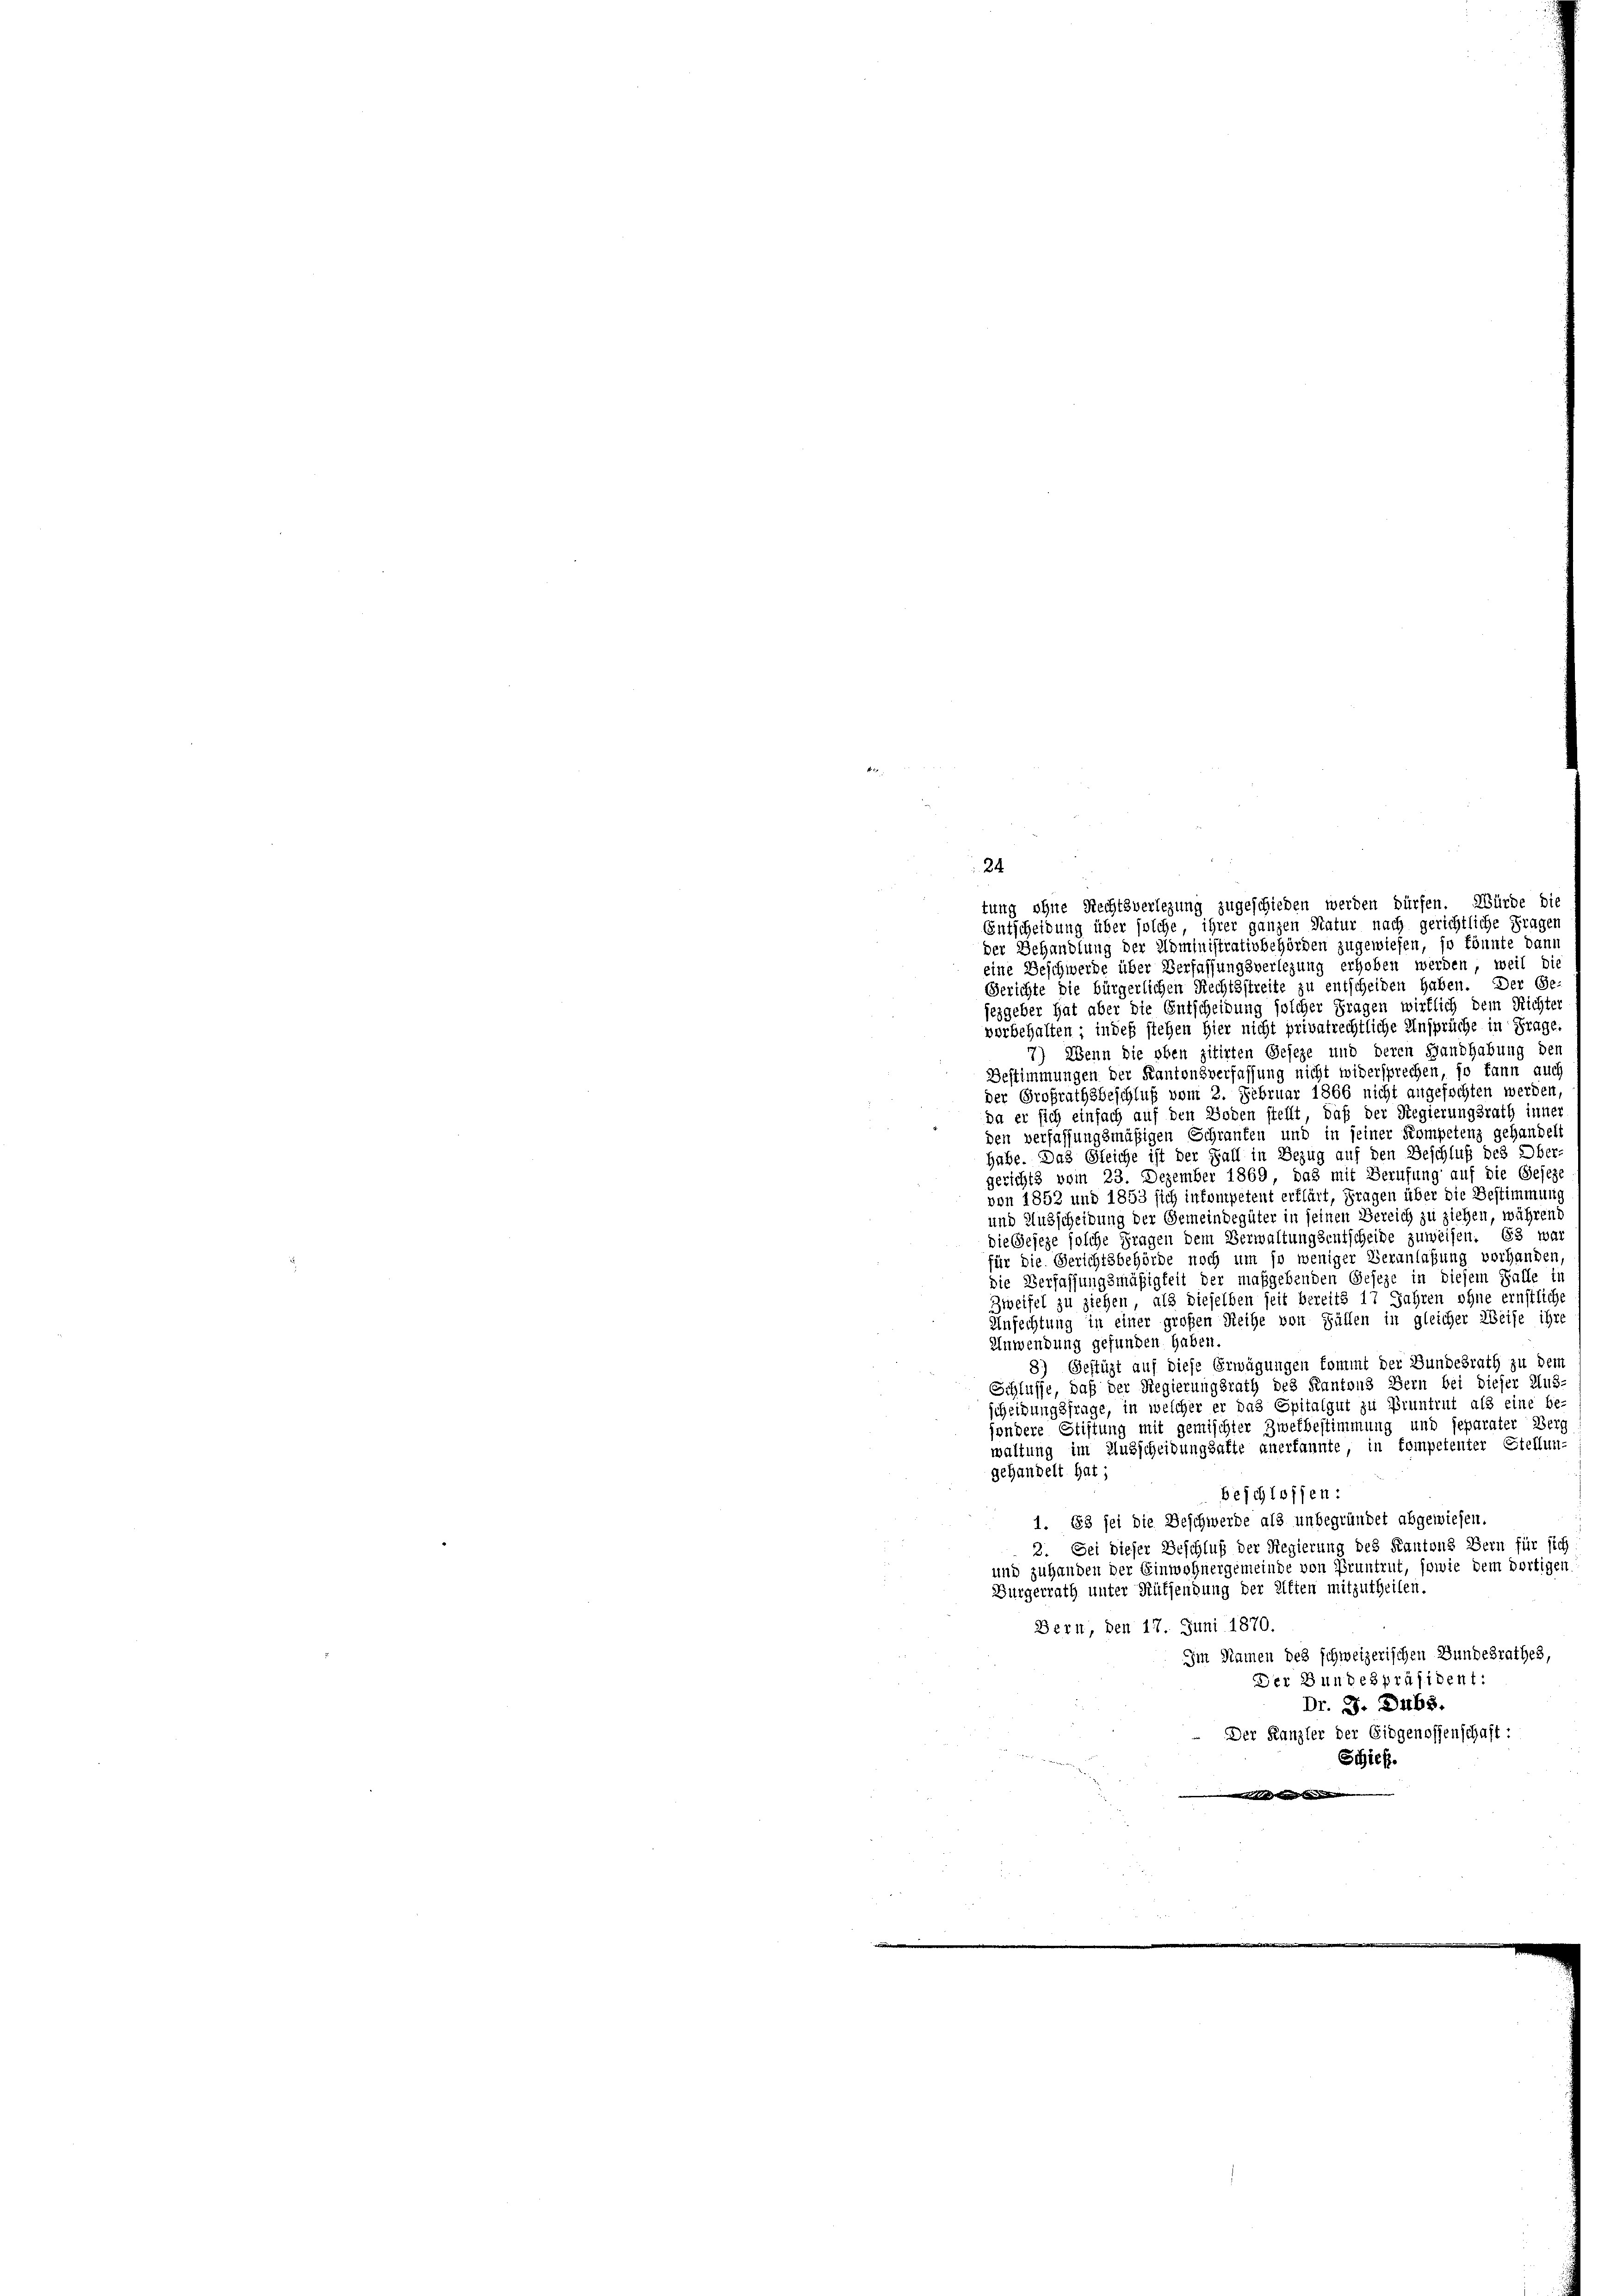
24
tung ohne Rechtsverlegung zugeschieden werden dürfen. Würde die
Entscheidung über solche ihrer ganzen Natur nach gerichtliche Frager
der Behandlung der Administrativbehörden zugewiesen, so könnte dann
eine Beschwerde über Verfassungsverlegung erhoben werden, weil di
Gerichte die bürgerlichen Rechtsstreite zu entscheiden haben. Der Ge-
sezgeber hat aber die Entscheidung solcher Fragen wirklich dem Richter
verbehalten; indeß siehen hier nicht privatrechtliche Ansprüche in Frage,
7) Wenn die oben zitirten Geseze und deren Handhabung den
Bestimmungen der Kantonsverfassung nicht widersprechen, so kann auch
der Großrathsbeschluß vom 2. Februar 1866 nicht angefochten werden
Da er sich einfach auf den Boden stellt, daß der Regierungsrath inner
den verfassungsmäßigen Schranken und in seiner Kompetenz gehandelt
habe. Das Gleiche ist der Fall in Bezug auf den Beschluß des Ober-
gerichts vom 23. Dezember 1869, das mit Berufung auf die Gesez
von 1852 und 1853 sich inkompetent erklärt, Fragen über die Bestimmung
und Ausscheibung der Gemeindegüter in seinen Bereich zu ziehen, während
die Geseze solche Fragen dem Verwaltungsentscheide zuweisen. Es war
für die Gerichtsbehörde noch um so weniger Veranlaßung vorhanden,
die Verfassungsmäßigkeit der maßgebenden Geseze in diesem Falle in
Zweifel zu ziehen, als dieselben seit bereits 17 Jahren ohne ernstliche
Anfechtung in einer großen Reihe von Fällen in gleicher Weise ihre
Anwendung gefunden haben.
8) Gefügt auf diese Erwägungen kommt der Bundesrath zu dem
Schlüsse, daß der Regierungsrath des Kantons Bern bei dieser Aus-
scheidungsfrage, in welcher er das Spitalgut zu Pruntrut als eine be-
sondere Stiftung mit gemischter Zwekbestimmung und jeparater Berg
waltung im Ausscheidungsalte anerkannte, in kompetenter Stellun-
gehandelt hat;
beschlossen:
1. 13 sei die Beschwerde als unbegründet abgewiesen.
2. Sei dieser Beschluß der Regierung des Kantons Bern für sich
und zuhanden der Einwohnergemeinde von Pruntrut, sowie dem dortigen
Bürgerrath unter Rütsendung der elften mitzutheilen.
Bern, den 17. Juni 1870.
Im Namen des schweizerischen Bundesrathes,
Der Bundespräsident:
Dr. J. Dubs.
Der Kanzler der Eidgenossenschaft:
Schick.
n